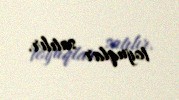
toyuqlar satılır.